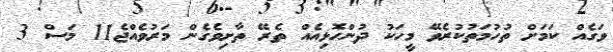
ވަގެއް ކަމަށް ތުހުމަތުކުރެވޭ މީހަކު ދުންހޮޅިއެއް ތެރޭ ތާށިވެގެން މަރުވެއްޖެ11 މަސް 3